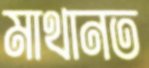
মাথানত